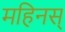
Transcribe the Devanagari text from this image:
महिनस्